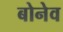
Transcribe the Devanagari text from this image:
बोनेव